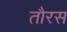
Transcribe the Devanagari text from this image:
तौरस